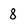
Character: 8